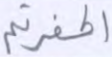
أكفرتم